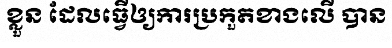
ខ្លួន ដែលធ្វើឲ្យការប្រកួតខាងលើ បាន